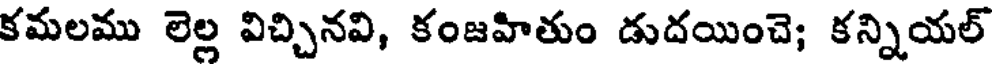
కమలము లెల్ల విచ్చినవి, కంజహితుం డుదయించె; కన్నియల్